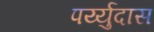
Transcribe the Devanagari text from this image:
पर्य्युदास